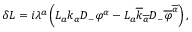
\delta L = i \lambda ^ { a } \left( { \cal L } _ { a } k _ { \alpha } D _ { - } \varphi ^ { \alpha } - { \cal L } _ { a } \overline { { { k } } } _ { \overline { { { \alpha } } } } D _ { - } \overline { { { \varphi } } } ^ { \overline { { { \alpha } } } } \right) ,